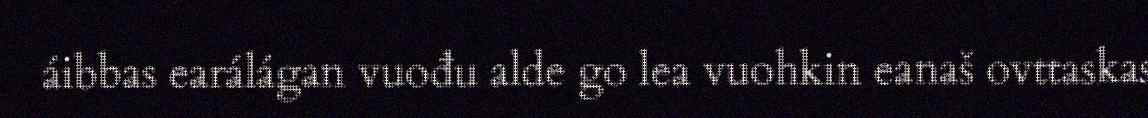
áibbas earálágan vuođu alde go lea vuohkin eanaš ovttaskas